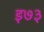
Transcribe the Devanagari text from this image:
इ७३